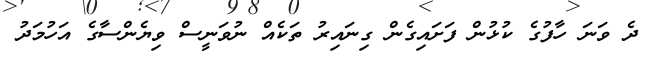
ދެ ވަނަ ހާފުގެ ކުޅުން ފަށައިގެން ގިނައިރު ތަކެއް ނުވަނީސް ވިޔެންސާގެ އަހުމަދު